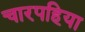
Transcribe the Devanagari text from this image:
चारपहिया